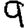
Digit: 9